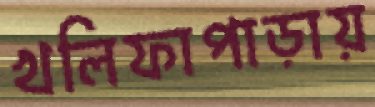
খলিফাপাড়ায়